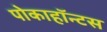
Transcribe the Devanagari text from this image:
पोकाहॉन्टस